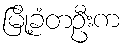
မြို့ခံတဦးက